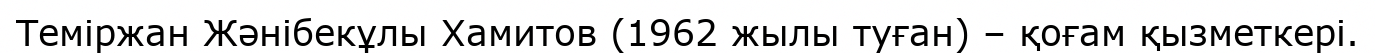
Теміржан Жәнібекұлы Хамитов (1962 жылы туған) – қоғам қызметкері.